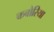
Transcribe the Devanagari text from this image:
कबोरिया